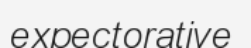
expectorative